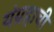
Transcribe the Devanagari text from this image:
यंग्रहाची